Annual statistical returns and brief notes on vaccination in Bengal - 1909-1929
Year: 1909
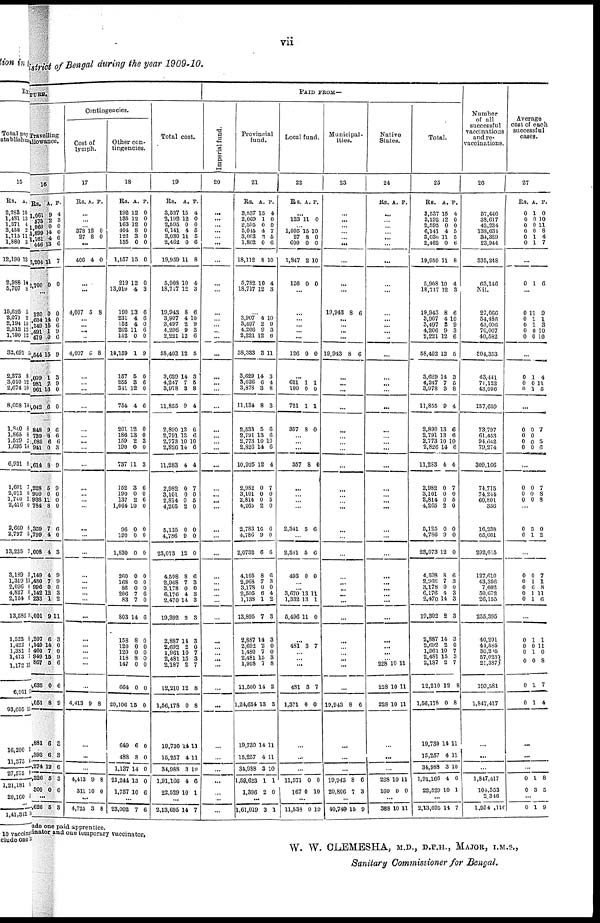
vii
district of Bengal during the year 1909-10.
TURE.
Travelling
allowance.
16
Rs.
1 061
,575
1 060
1,899
1,161
446
3,201
2,700
A.
9
2
0
14
4
13
11
0
P.
4
3
0
0
6
6
7
0
...
120
,604
,149
,491
479
,544
,099
981
961
,042
848
739
,085
941
,614
,228
900
936
784
,359
,799
,008
,149
,480
996
,142
233
,001
,207
,149
460
949
867
1,635
,051
,881
,393
,274
,326
300
0
14
15
1
0
15
1
7
13
6
9
8
6
0
8
5
0
11
8
7
4
4
4
7
0
12
1
9
6
14
7
15
5
0
8
6
6
12
5
0
0
0
6
9
6
9
3
9
0
0
6
6
6
3
9
9
0
0
0
6
0
3
9
9
0
3
2
11
3
0
0
9
6
6
9
3
3
6
3
0
... ,628 5 3
Contingencies.
Cost of
lymph.
17
Rs. A P.
...
...
...
378
27
12
8
0
0
...
406 4 0
...
...
4,007 5 8
...
...
...
...
4,007 5 8
...
... ...
...
...
... ...
...
...
...
...
...
...
...
...
...
...
... ...
...
...
...
...
...
...
...
...
...
4,413 9 8
...
...
...
4,413
311
9
10
8
0
...
4,725 3 8
Other con-
tingencies.
18
Rs.
192
135
163
404
126
185
1,157
219
13,010
190
231
152
202
152
14,159
157
255
341
754
201
186
159
190
737
152
190
137
1,064
96
190
1,830
260
168
86
206
83
803
158
120
120
118
147
664
20,106
649
488
1,137
21,244
1,757
A.
12
12
12
8
3
0
15
12
4
13
4
4
11
0
1
5
3
12
4
12
13
2
0
11
3
0
2
10
0
0
0
0
0
0
7
7
14
8
0
0
8
0
0
15
6
8
14
13
10
P.
0
0
0
0
0
0
0
0
3
6
6
0
6
0
9
0
6
0
6
0
0
3
0
3
6
0
6
0
0
0
0
0
0
0
6
0
6
0
0
0
0
0
0
0
0
0
0
0
6
...
23,002 7 6
Total cost.
19
Rs.
3,537
2,192
2,505
6,141
3,030
2,462
19,959
5,908
18,717
19,943
3,907
3,497
4,206
2,221
58,402
3,629
4,247
3,978
11,855
2,890
2,791
2,773
2,826
11,283
2,982
3,101
2,814
4,265
5,125
4,786
23,073
4,598
2,968
3,178
6,176
2,470
19,392
2,887
2,692
1,961
2,481
2,187
12,210
1,56,178
19,730
15,257
34,988
1,91,166
22,529
A.
15
12
0
4
11
0
11
10
12
8
4
2
9
12
12
14
7
3
9
13
13
10
14
4
0
0
0
2
0
9
12
8
7
0
4
14
2
14
2
10
15
2
12
0
14
4
3
4
10
P.
4
0
0
5
5
6
8
4
3
6
10
9
3
6
5
3
5
8
4
6
6
0
6
4
7
0
6
0
0
0
0
6
3
0
3
3
3
3
0
7
3
7
8
8
11
11
10
6
1
...
2,13,695 14 7
PAID FROM—
Imperial fund.
20
...
...
...
...
... ...
...
...
...
...
...
...
...
...
...
...
... ...
...
...
...
... ...
...
...
... ...
...
...
...
...
...
...
...
...
...
...
...
...
...
...
...
...
...
...
...
...
...
...
...
...
Provincial
fund.
21
Rs.
3,537
2,069
2,595
5,045
3,003
1,862
18,112
5,782
18,717
A.
15
1
0
4
3
0
8
10
12
P.
4
0
0
7
5
6
10
4
3
... 3,907
3,497
4,206
2,221
38,333
3,629
3,626
3,878
11,134
2,533
2,791
2,773
2,826
10,925
2,982
3,101
2,814
4,265
2,783
4,786
2,0732
4,105
2,968
3,178
2,505
1,138
13,895
2,887
2,692
1,480
2,481
1,958
11,500
1,24,634
19,780
15,257
84,988
1,59,623
1,396
4
2
9
12
3
14
6
8
8
5
13
10
14
12
0
0
0
2
16
9
6
8
7
0
6
1
7
14
2
7
15
7
14
13
14
4
3
1
2
10
9
3
6
11
3
4
8
3
6
6
10
6
4
7
0
5
0
6
0
6
6
3
0
4
2
3
3
0
0
3
8
2
3
11
11
10
1
0
...
1,61,019 3 1
Local fund.
22
Rs. A. P.
...
123 11 0
... 1,095
27
600
1,847
126
15
8
0
2
0
10
0
0
10
0
...
... ...
...
...
...
126 0 0
...
621
100
721
357
1
0
1
8
1
0
l
0
...
...
...
357 8 0
...
... ...
...
2,341 5 6
...
2,341
493
5
0
6
0
...
... 3,670
1,332
5,496
13
13
11
11
1
0
...
481 3 7
... ...
...
481
1,371
3
0
7
0
...
...
11,371
167
0
0
0
10
...
11,533 0 10
Municipal-
ities.
23
...
...
...
...
... ...
...
...
...
19,943 8 6
...
...
... ...
19,943 8 6
...
... ...
...
...
...
... ...
...
...
...
... ...
...
...
...
...
...
...
... ...
...
...
...
...
... ...
...
19,943 8 6
...
...
...
19,943
20,806
8
7
6
3
...
40,749 15 9
Native
States.
24
Rs. A. P.
...
...
...
...
... ...
...
...
...
...
...
...
... ...
...
...
... ...
...
...
...
... ...
...
...
...
... ...
...
...
...
...
...
... ...
...
...
...
...
...
... 228
228
228
10
10
10
11
11
11
...
...
228
160
10
0
11
0
...
388 10 11
Total.
25
RS.
3,537
2,192
2,595
6,141
3,030
2,462
19,959
5,908
18,717
19,943
3,907
3,497
4,206
2,221
58,402
3,629
4,247
3,978
11,855
2,890
2,791
2,773
2,826
11,283
2,982
3,101
2,814
4,265
5,125
4,786
23,073
4,598
2,968
3,178
6,176
2,470
19,392
2,887
2,692
1,961
2,481
2,187
12,210
1,56,178
19,730
15,257
34,988
1,91,166
22,529
A.
15
12
0
4
11
0
11
10
12
8
4
2
9
12
12
14
7
3
9
13
13
10
14
4
0
0
0
2
0
9
12
8
7
0
4
14
2
14
2
10
15
2
12
0
14
4
3
4
10
P.
4
0
0
5
5
6
8
4
3
6
10
9
3
6
5
3
5 8
4
6
6
10
6
4
7
0
5
0
0
0
0
6
3
0
3
3
3
3
0
7
3
7
8
8
11
11
10
6
1
...
2,13,695 14 7
Number
of all
successful
vaccinations
and re-
vaccinations.
26
57,440
38,617
42,224
138,634
34,389
23,944
335,248
63,146
Nil.
27 066
54,486
43,006 76,067
40,582
304,353
43,441
71,122 43,006
157,659
73,797
61,453
94,642
79,274
309,166
74,715
74,244
60,801
356
16,238
65,661
292,015
127,610
43,356
7,602
50,672
26,155
255,395
40,291
41,585
30,205
57,023
21,387
193,581
1,847,417
...
...
...
1,847,417
101,353
...
1,954 ,110
Average
cost of each
successful
cases.
27
Rs.
0
0
0
0
0
0
A.
1
0
0
0
1
1
P.
0
10
11
8
4
7
...
0 1 6
...
0
0
0 0
0
11
1
1
0
0
9
1
3
10
10
...
0
0 0
1
0 1
4
11 5
...
0
0
0
0
0
0
0 0
7
5
6
...
0
0
0
0
0
0
7
8
8
...
0
0
5
1
0
2
...
0
0
0
0
0
0
1
0
1
1
7
1
8
11
6
...
0
0
0
0
0
0
1
0
1
0
1
1
1
11
0
8
7
4
...
...
...
0
0
1
3
8
5
...
0 1 9
ade one paid apprentice.
vaccinator
and one temporary vaccinator.
W. W. CLEMESHA, M.D., D.P.H., MAJOR, I.M.S.,
Sanitary Commissioner for Bengal.